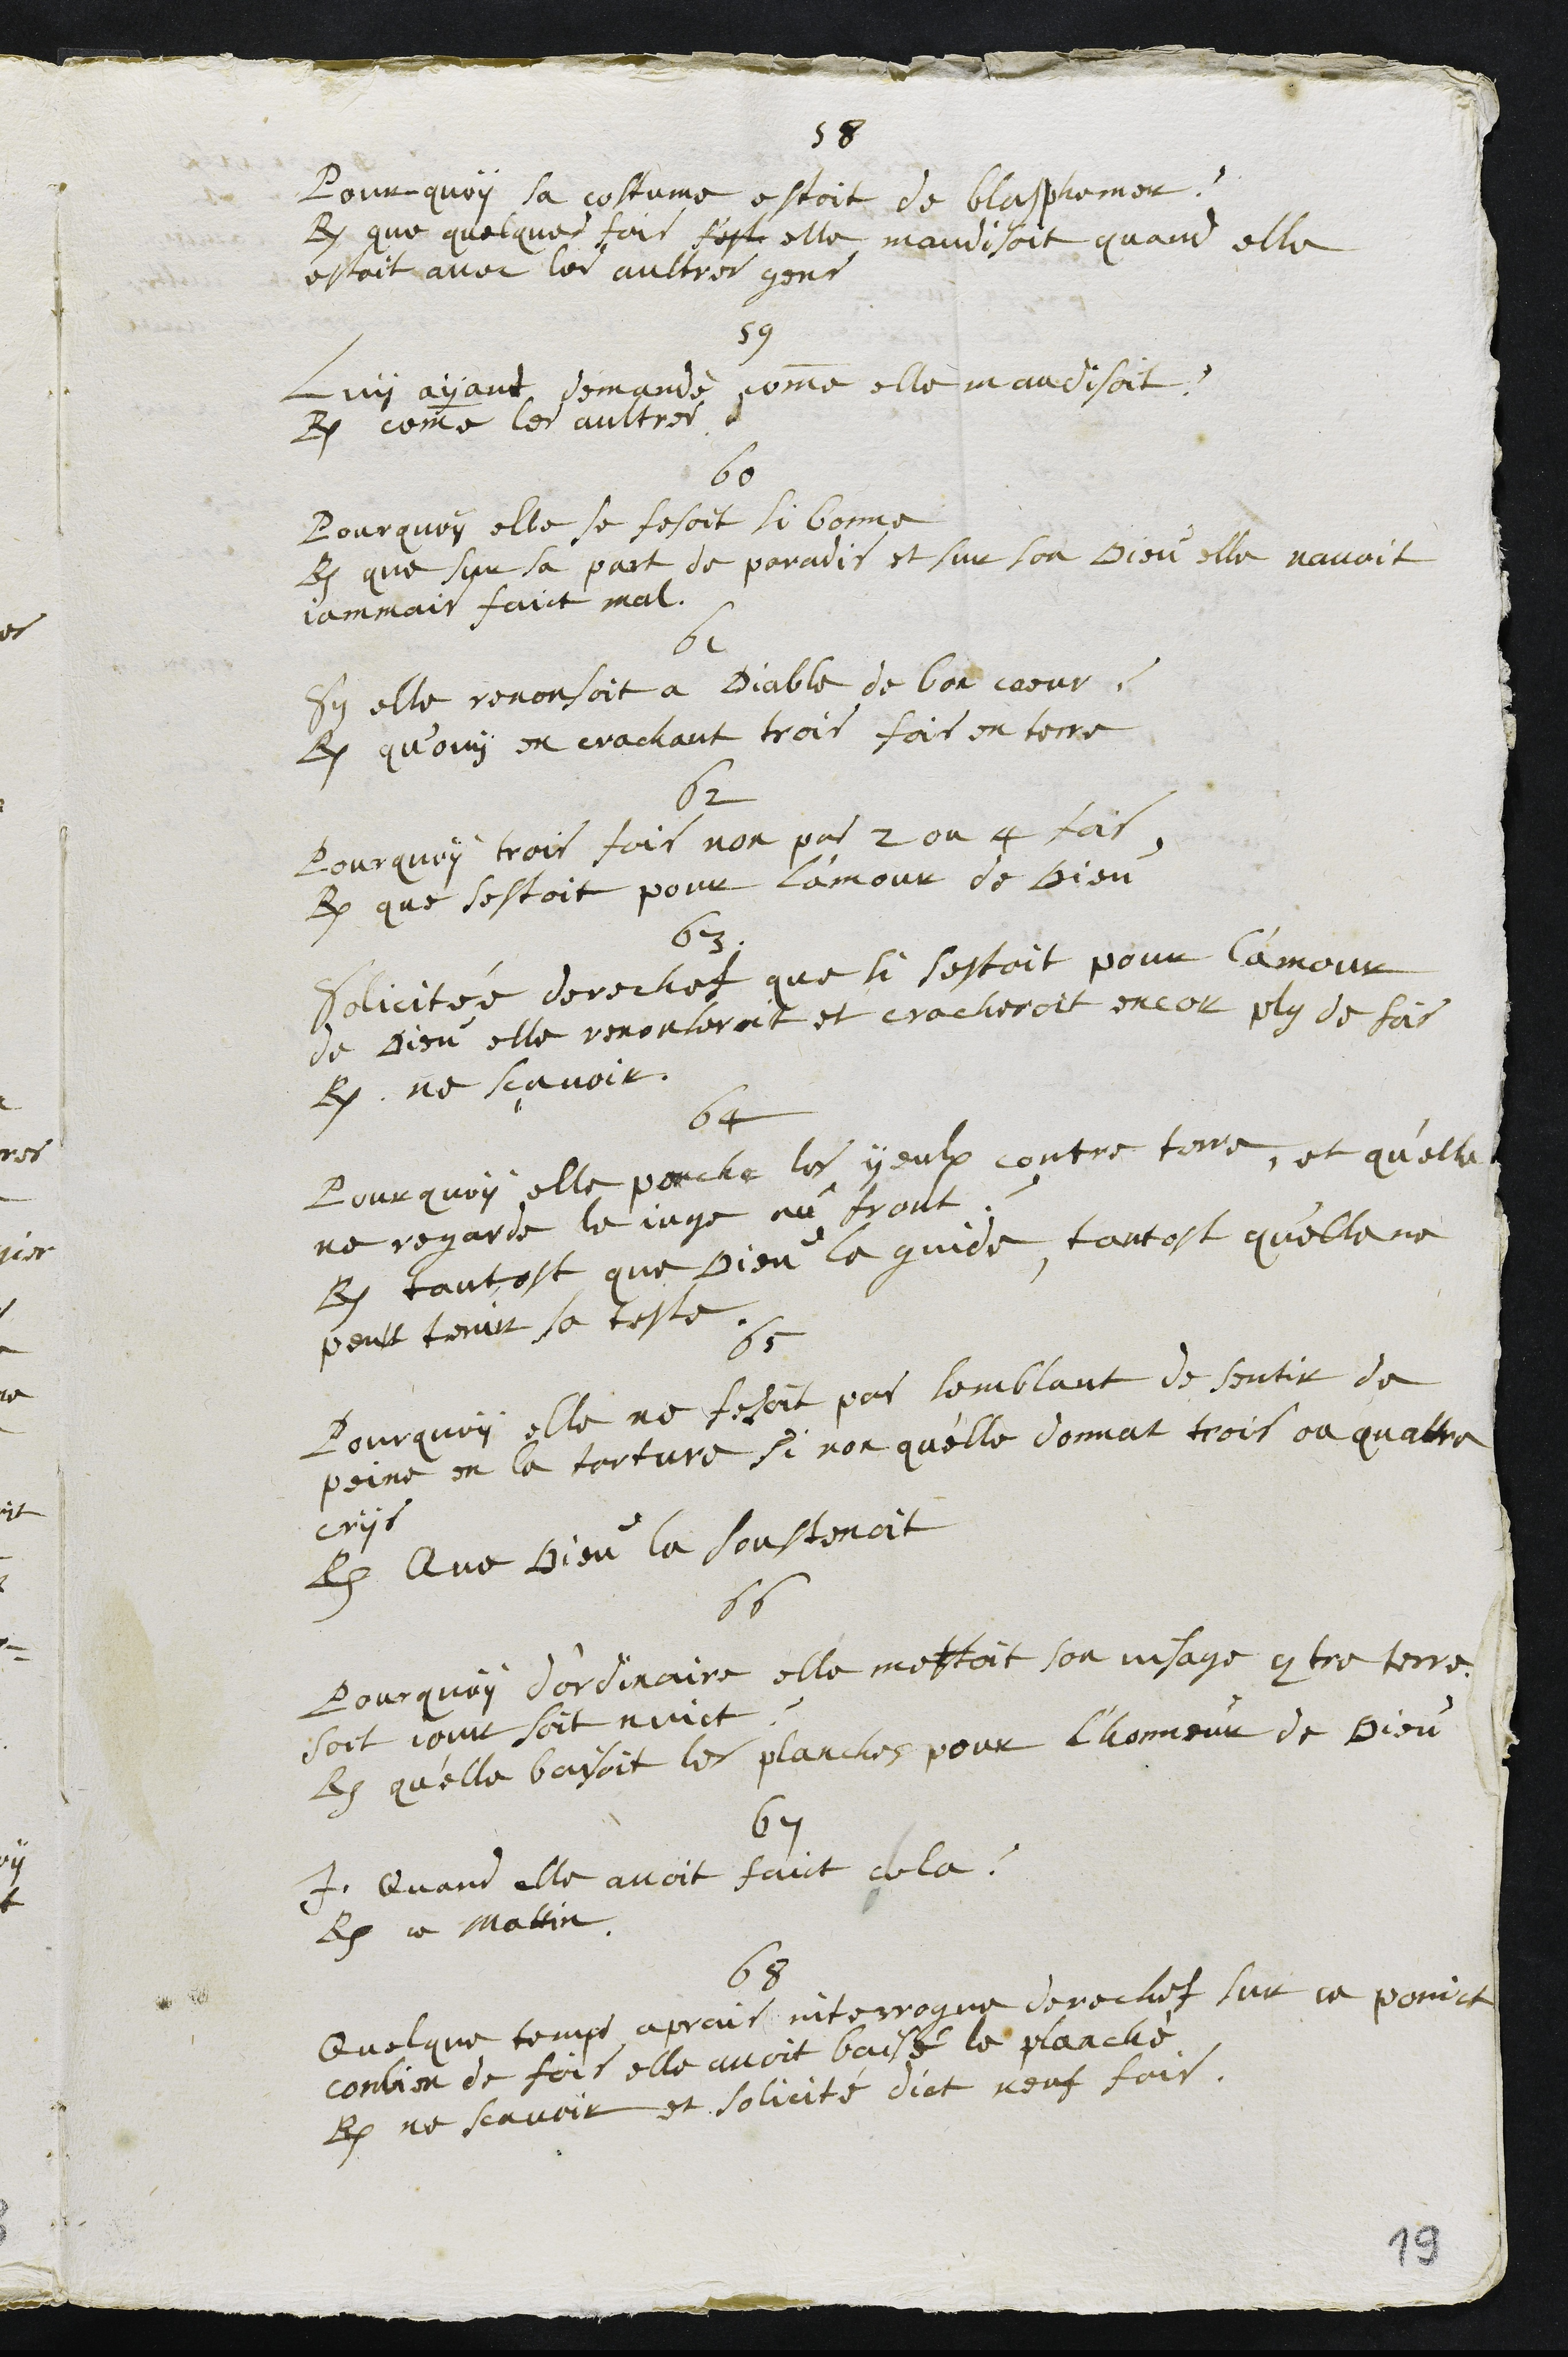
58
Pourquoy sa costume estoit de blasphemer ?
R. que quelques fois sest elle maudisoit quand elle
estoit avec les aultres gens
59
Luy ayant demandé, comme elle maudisoit ?
R. comme les aultres
60
Pourquoy elle se fesoit si bonne
R. que sur sa part de paradis et sur son Dieu elle navoit
jammais faict mal.
61
Sy elle renonsoit a Diable de bon coeur ?
R. qu’ouy en crachant trois fois en terre
62
Pourquoy trois fois non pas 2 ou 4 fois
R. que sestoit pour lamour de Dieu
63
Solicitée derechef que si sestoit pour l'amour
de Dieu elle renonseroit et cracheroit encor plus de fois
R. ne sçavoir.
64
Pourquoy elle penche les yeulx contre terre, et qu'elle
ne regarde le juge au front ?
R. tantost que Dieu la guide, tantost qu'elle ne
peut tenir sa teste.
65
Pourquoy elle ne fesoit pas semblant de sentir de
peine en la torture si non qu'elle donnat trois ou quattre
crys
R. Que Dieu la soustenoit
66
Pourquoy d'ordinaire elle mettoit son visage contre terre
soit jour soit nuict ?
R. qu'elle baisoit les planches pour l'honneur de Dieu
67
I. Quand elle avoit faict cela ?
R. ce mattin
68
Quelque temps aprais interrogue derechef sur ce poinct
conbien de fois elle avoit baisé le planché
R. ne scavoir et solicité dict neuf fois.
19